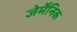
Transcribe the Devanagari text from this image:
जेर्मेनिक